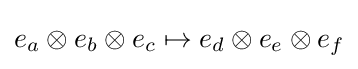
e_{a}\otimes e_{b}\otimes e_{c}\mapsto e_{d}\otimes e_{e}\otimes e_{f}